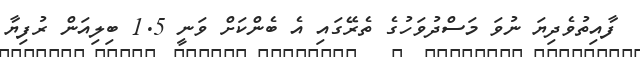
ފާއިތުވެދިޔަ ނުވަ މަސްދުވަހުގެ ތެރޭގައި އެ ބެންކަށް ވަނީ 1.5 ބިލިއަން ރުފިޔާ